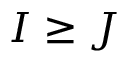
I \geq J